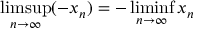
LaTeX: \operatorname* { l i m s u p } _ { n \to \infty } ( - x _ { n } ) = - \operatorname* { l i m i n f } _ { n \to \infty } x _ { n }